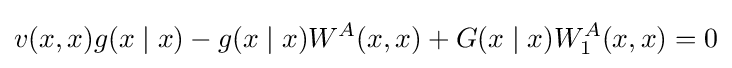
v(x,x)g(x\mid x)-g(x\mid x)W^{A}(x,x)+G(x\mid x)W_{1}^{A}(x,x)=0